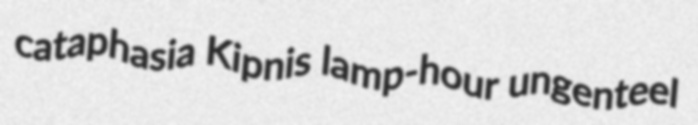
cataphasia Kipnis lamp-hour ungenteel